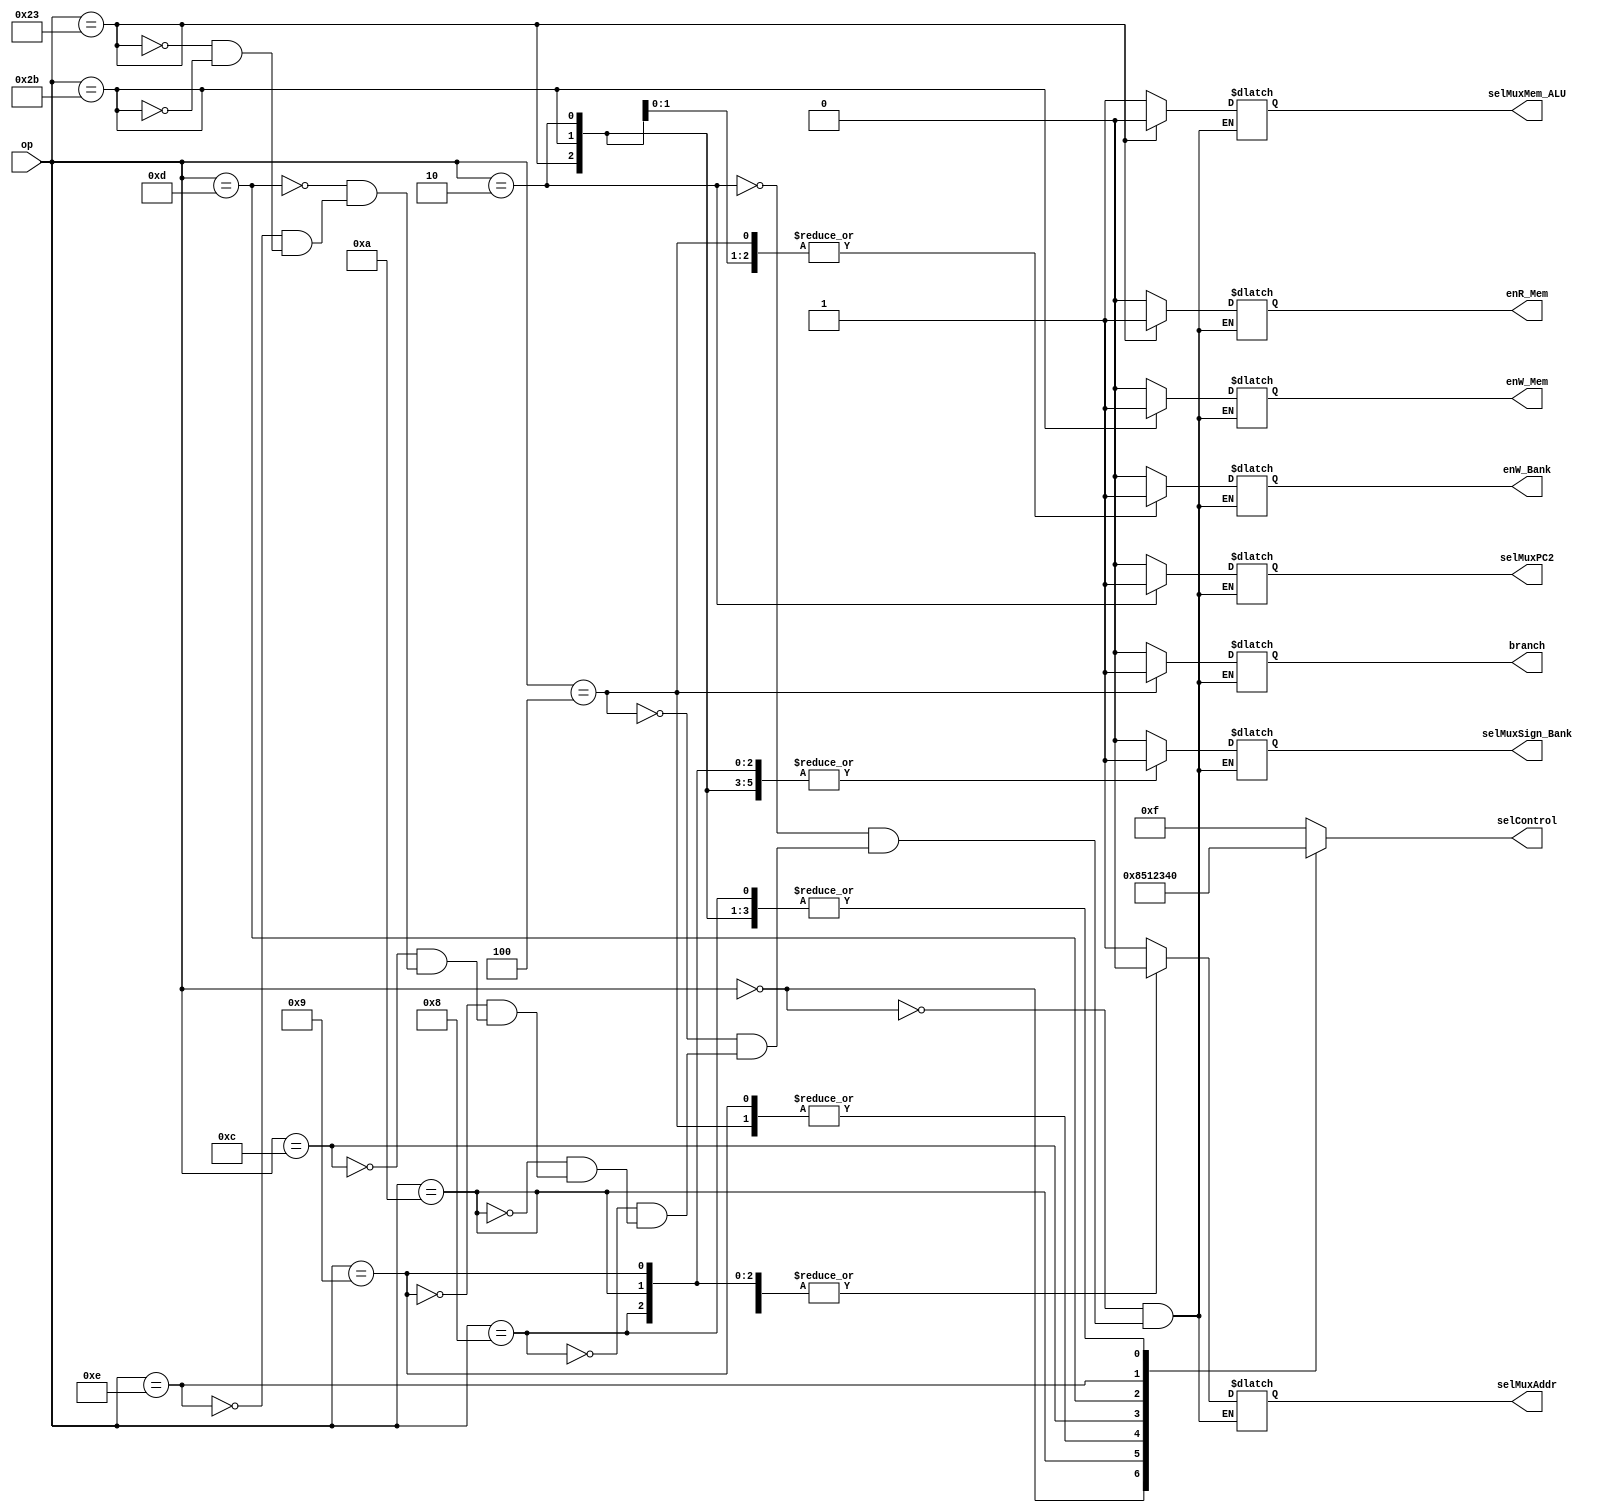
`timescale 1ns /1ps
module UnidadControl(
	input [5:0] op,
	output reg enW_Bank,enW_Mem,
	output reg enR_Mem,selMuxMem_ALU,
	output reg selMuxAddr,
	output reg selMuxSign_Bank,
	output reg [3:0]selControl,
	output reg branch,
	output reg selMuxPC2
);
always@(*)
begin
	case(op)
		0://tipo R
		begin
			selControl=4'b1000;//ALUControl reconoce funct
			enW_Bank=0;
			selMuxMem_ALU=1;//Elige  ALU
			selMuxSign_Bank=0;//Elige banco 
			selMuxAddr=1;//Elige direccion destino
			enW_Mem=0;
			enR_Mem=0;
			branch=0;
			selMuxPC2=0;// elige secuencia ciclo de instrucciones
		end
		//Type J
		6'd2://J jump
		begin
			selControl=0;//no importa
			enW_Bank=1; //lectura
			selMuxMem_ALU=1;//no importa
			selMuxSign_Bank=1;//no importa
			selMuxAddr=0;//Elige segunda direccion
			enW_Mem=0;
			enR_Mem=0;
			branch=0;
			selMuxPC2=1;//Elige 25:0 de instruccion
		end
		//Type I
		6'd4://beq
		begin
			selControl=1;//restar si son iguales resul=0
			enW_Bank=1; //leer
			selMuxMem_ALU=1;//no importa
			selMuxSign_Bank=0;//Elige DR2 
			selMuxAddr=0;//no importa
			enW_Mem=0;
			enR_Mem=0;
			branch=1;//funcion de beq
			selMuxPC2=0;
		end
		6'd8://addi 
		begin
			selControl=0;//sumar
			enW_Bank=0;//escribir
			selMuxMem_ALU=1;//Elige  ALU
			selMuxSign_Bank=1;//Elige extension de signo 
			selMuxAddr=0;//Elige segunda direccion
			enW_Mem=0;
			enR_Mem=0;
			branch=0;
			selMuxPC2=0;
		end
		6'd10: //slti
		begin
			selControl=4'd5;//slt
			enW_Bank=0;//escribir
			selMuxMem_ALU=1;//Elige  ALU
			selMuxSign_Bank=1;//Elige extension de signo 
			selMuxAddr=0;//Elige segunda direccion
			enW_Mem=0;
			enR_Mem=0;
			branch=0;
			selMuxPC2=0;
		end
		6'd9:		//subi
		begin
			selControl=1;//restar
			enW_Bank=0;//escribir
			selMuxMem_ALU=1;//Elige  ALU
			selMuxSign_Bank=1;//Elige extension de signo 
			selMuxAddr=0;//Elige segunda direccion
			enW_Mem=0;
			enR_Mem=0;
			branch=0;
			selMuxPC2=0;
		end
		6'd12: //andi
		begin
			selControl=4'd2;//and
			enW_Bank=0;//escribir
			selMuxMem_ALU=1;//Elige  ALU
			selMuxSign_Bank=1;//Elige extension de signo 
			selMuxAddr=0;//Elige segunda direccion
			enW_Mem=0;
			enR_Mem=0;
			branch=0;
			selMuxPC2=0;
		end
		6'd13: //ori
		begin
			selControl=4'd3;//or
			enW_Bank=0;//escribir
			selMuxMem_ALU=1;//Elige  ALU
			selMuxSign_Bank=1;//Elige extension de signo 
			selMuxAddr=0;//Elige segunda direccion
			enW_Mem=0;
			enR_Mem=0;
			branch=0;
			selMuxPC2=0;
		end
		6'd14://xori
		begin
			selControl=4'd4;//xor
			enW_Bank=0;//escribir
			selMuxMem_ALU=1;//Elige  ALU
			selMuxSign_Bank=1;//Elige extension de signo 
			selMuxAddr=0;//Elige segunda direccion
			enW_Mem=0;
			enR_Mem=0;
			branch=0;
			selMuxPC2=0;
		end
		6'b100011: //lw
		begin
			selControl=4'd0;//sumar
			enW_Bank=0;//escribir
			selMuxMem_ALU=0;//Elige  memoria
			selMuxSign_Bank=1;//Elige extension de signo 
			selMuxAddr=0;//Elige segunda direccion
			enW_Mem=0;
			enR_Mem=1;//cargar a banco datos
			branch=0;
			selMuxPC2=0;
		end
		6'b101011://sw
		begin
			selControl=4'd0;//sumar
			enW_Bank=1;//leer
			selMuxMem_ALU=1;  
			selMuxSign_Bank=1;//Elige extension de signo 
			selMuxAddr=0;//Elige segunda direccion
			enW_Mem=1;//guardar en memoria
			enR_Mem=0;
			branch=0;
			selMuxPC2=0;
		end
		default:selControl=4'b1111;
	endcase
end
endmodule